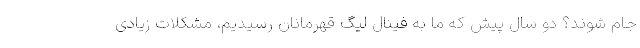
جام شوند؟ دو سال پیش که ما به فینال لیگ قهرمانان رسیدیم، مشکلات زیادی